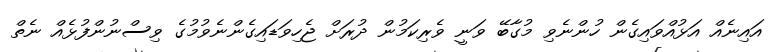
އައިނެއް އަޅުއްވައިގެން ހުންނެވި މުގާބޭ ވަނީ ވެރިކަމުން ދުރަށް ޖެހިވަޑައިގެންނެވުމުގެ ވިސްނުންފުޅެއް ނެތް